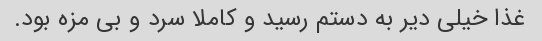
غذا خیلی دیر به دستم رسید و کاملا سرد و بی مزه بود.